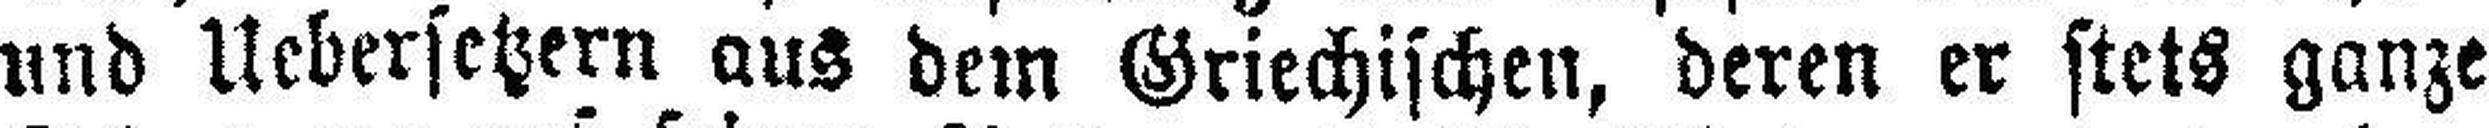
und Uebersetzern aus dem Griechischen, deren er stets ganze